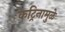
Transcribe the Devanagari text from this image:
कट्रिनामुळे